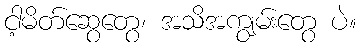
ငါ့မိတ်ဆွေတွေ၊ အသိအကျွမ်းတွေ ပဲ။